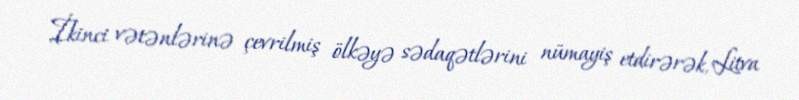
İkinci vətənlərinə çevrilmiş ölkəyə sədaqətlərini nümayiş etdirərək, Litva